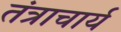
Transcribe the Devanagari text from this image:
तंत्राचार्य